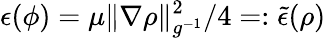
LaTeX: \epsilon(\phi)=\mu\| \nabla\rho\| _{g^{-1}}^{2}/4=:\tilde{\epsilon}(\rho)